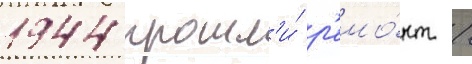
1944 прошл'и́ р'емо́нт /